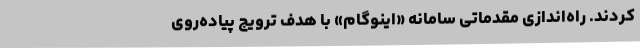
کردند. راه‌اندازی مقدماتی سامانه «اینوگام» با هدف ترویج پیاده‌روی